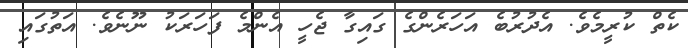
ކެތް ކުރީމެވެ. އެދުރުބެ އަހަރެންގެ ގައިގާ ޖެހީ އެންމެ ފަހަރަކު ނޫނެވެ. އަތުގައި